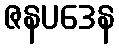
ဇနပဒေန